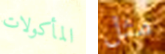
المأكولات مثل